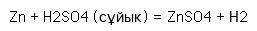
Zn + H2SO4 (сұйык) = ZnSO4 + Н2